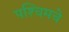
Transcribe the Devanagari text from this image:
पश्‍चिमचे